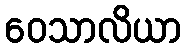
ဝေသာလိယာ